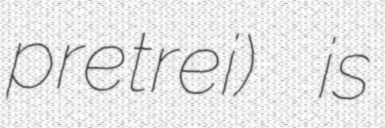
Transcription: pretrei) is